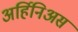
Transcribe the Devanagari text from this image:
अर्हिनिअस